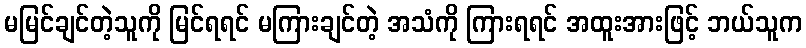
မမြင်ချင်တဲ့သူကို မြင်ရရင် မကြားချင်တဲ့ အသံကို ကြားရရင် အထူးအားဖြင့် ဘယ်သူက